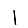
Digit: 1